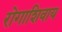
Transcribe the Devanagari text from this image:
रोगाशिवाय